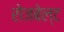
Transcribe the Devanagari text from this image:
रोजबेल्ट